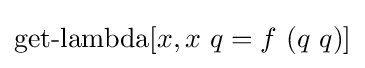
\operatorname {get-lambda} [x,x\ q=f\ (q\ q)]